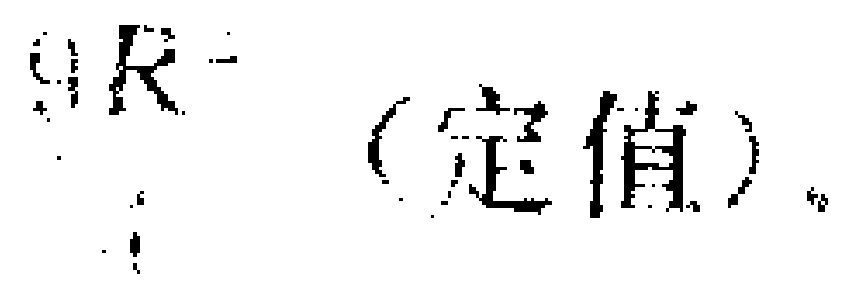
$R（定值）$